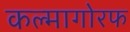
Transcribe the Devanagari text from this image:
कल्मागोरफ